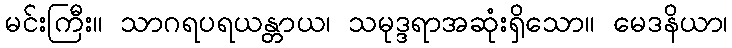
မင်းကြီး။ သာဂရပရယန္တာယ၊ သမုဒ္ဒရာအဆုံးရှိသော။ မေဒနိယာ၊